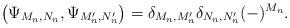
LaTeX: \begin{align*}\left(\Psi_{M_n,N_n},\Psi_{M'_n,N'_n}\right)=\delta_{M_n,M'_n}\delta_{N_n,N'_n}(-)^{M_n} .\end{align*}